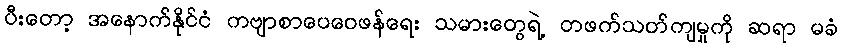
ပီးတော့ အနောက်နိုင်ငံ ကဗျာစာပေဝေဖန်ရေး သမားတွေရဲ့ တဖက်သတ်ကျမှုကို ဆရာ မခံ